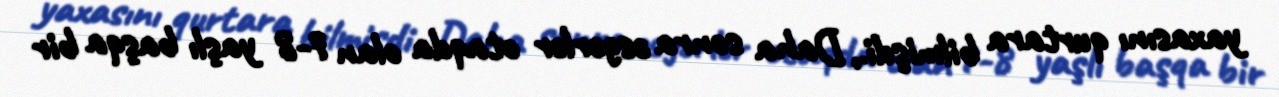
yaxasını qurtara bilmişdi., Daha sonra əsgərlər otaqda olan 7-8 yaşlı başqa bir